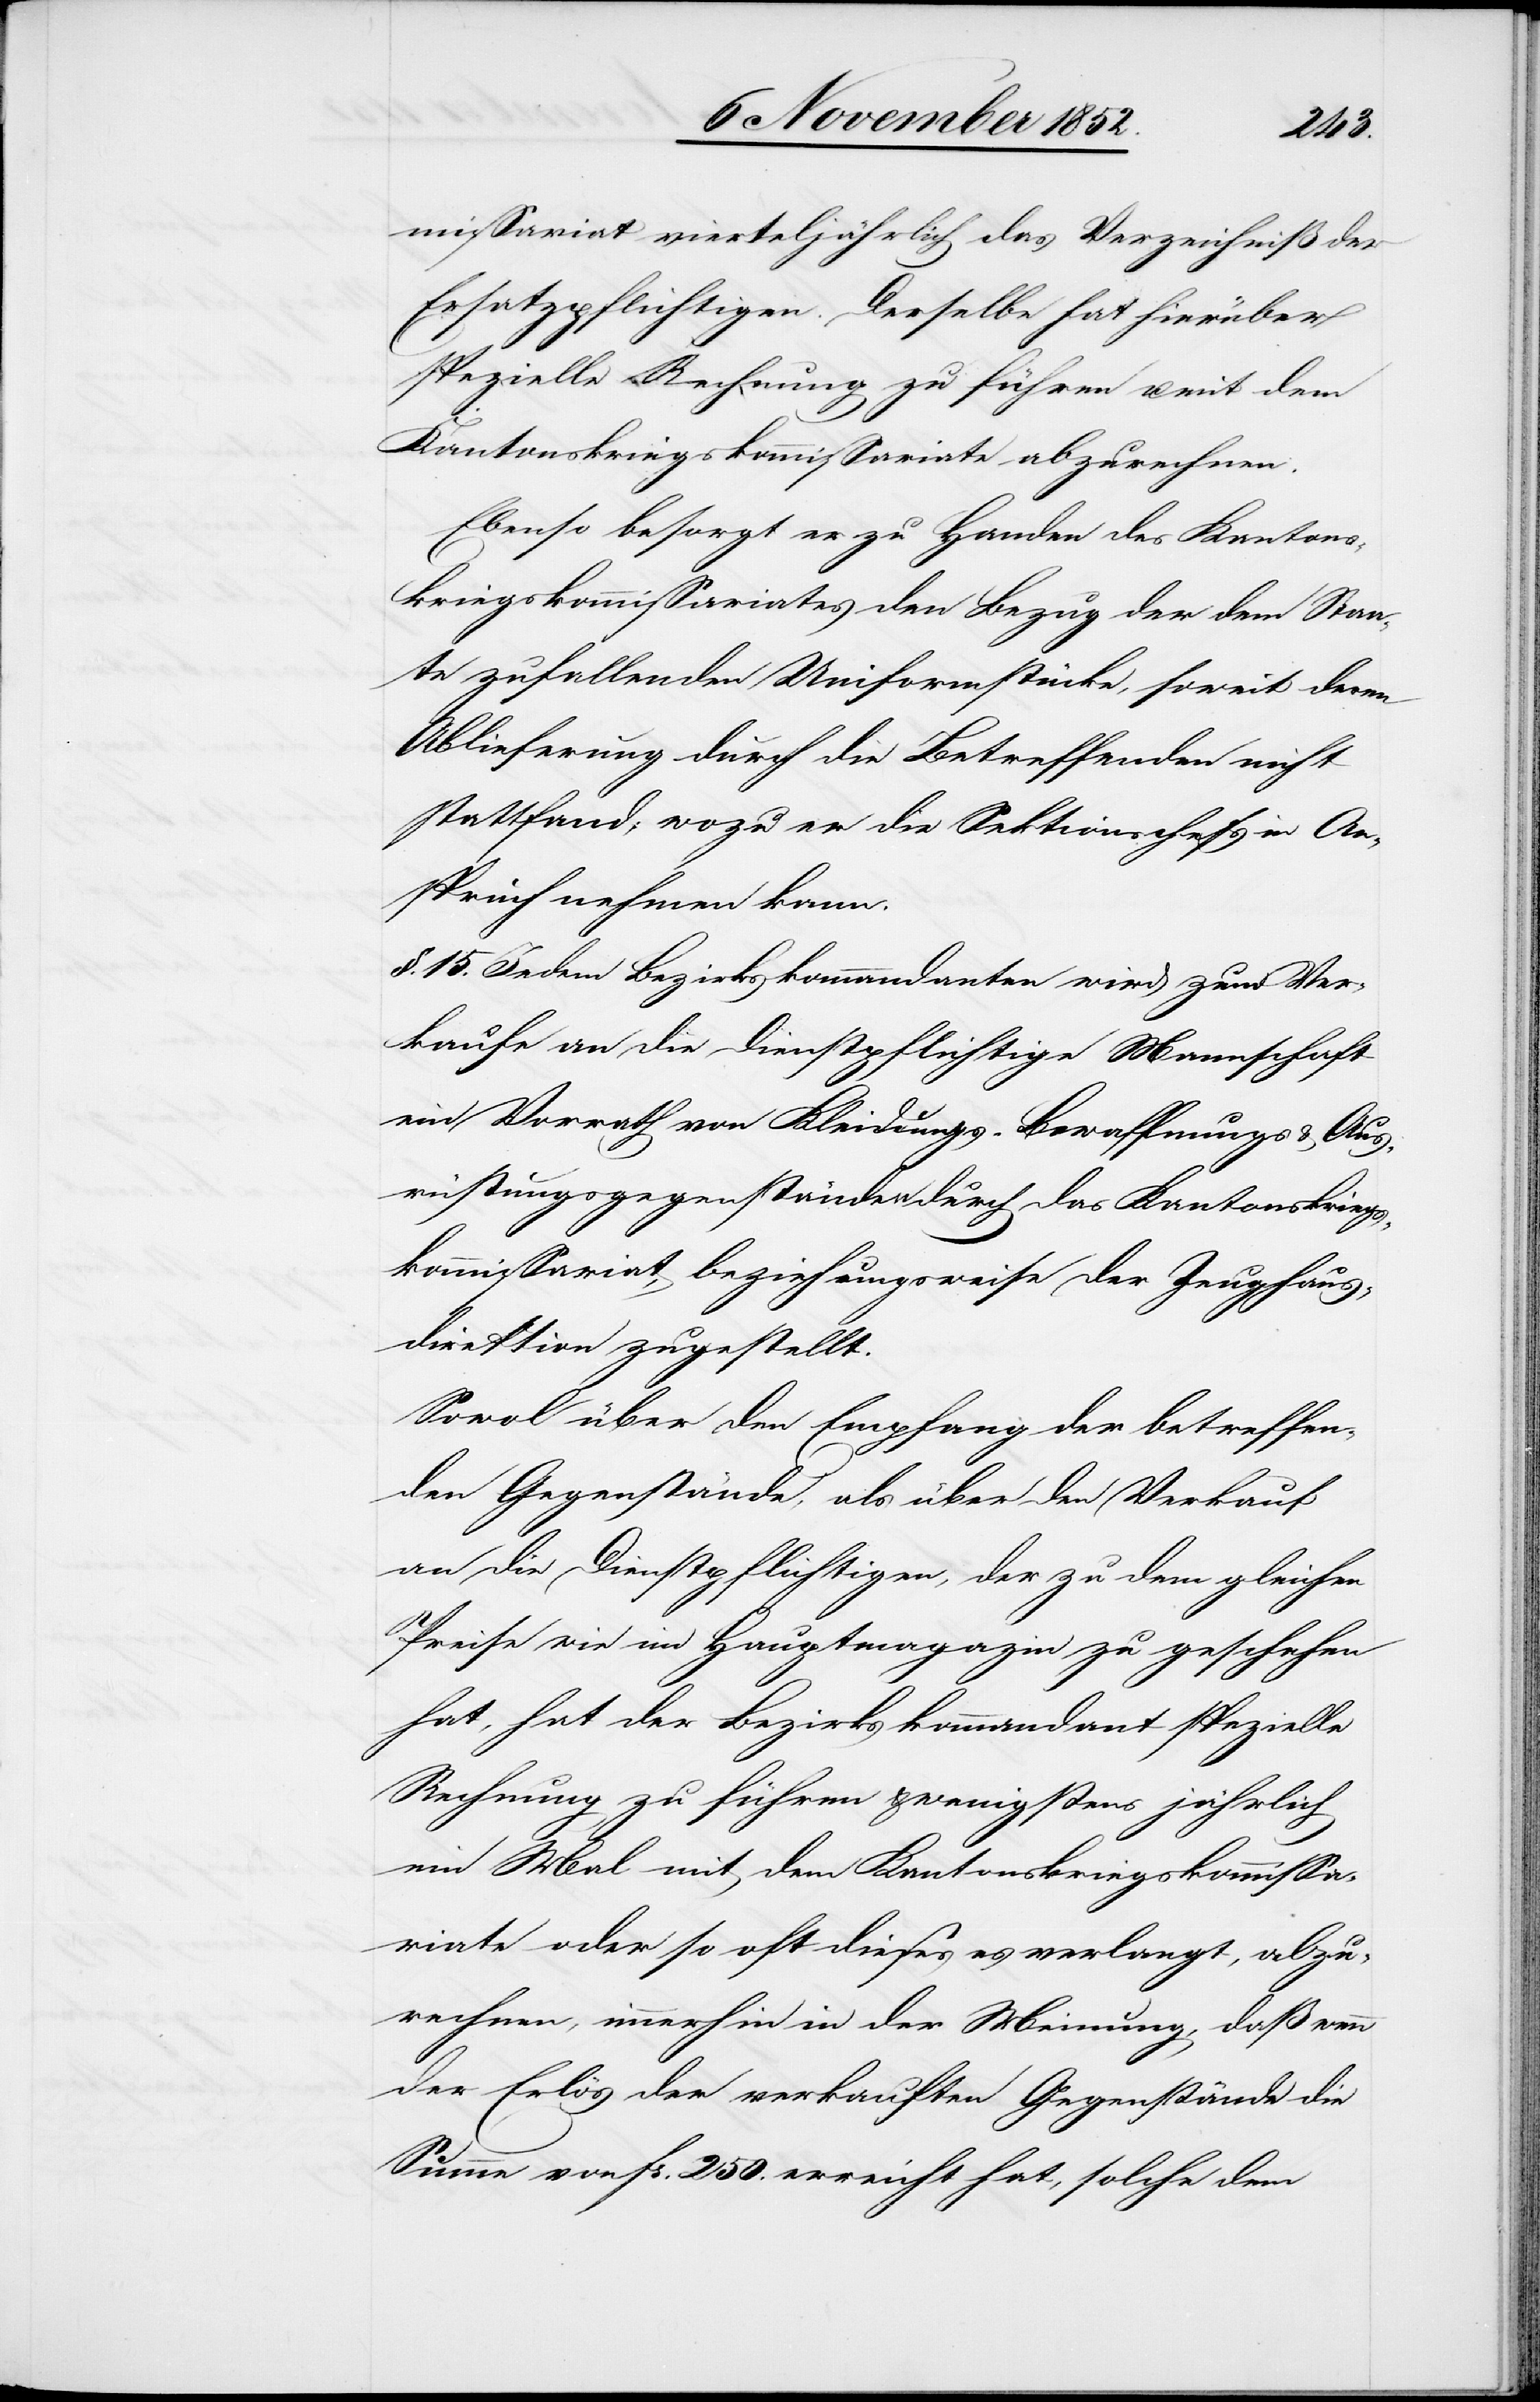
missariat vierteljährlich das Verzeichniß der
Ersatzpflichtigen. Derselbe hat hierüber
spezielle Rechnung zu führen u. mit dem
Kantonskriegskommissariate abzurechnen.
Ebenso besorgt er zu Handen des Kantons¬
kriegskommissariates den Bezug der dem Staa¬
te zufallenden Uniformstücke, soweit deren
Ablieferung durch die Betreffenden nicht
stattfand; wozu er die Sektionschefs in An¬
spruch nehmen kann.
§. 15. Jedem Bezirkskommandanten wird zum Ver¬
kaufe an die dienstpflichtige Mannschaft
ein Vorrath von Kleidungs-[,] Bewaffnungs[-] & Aus¬
rüstungsgegenständen durch das Kantonskriegs¬
kommissariat, beziehungsweise der Zeughaus¬
direktion zugestellt.
Sowol über den Empfang der betreffen¬
den Gegenstände, als über den Verkauf
an die Dienstpflichtigen, der zu dem gleichen
Preise wie im Hauptmagazin zu geschehen
hat, hat der Bezirkskommandant spezielle
Rechnung zu führen & wenigstens jährlich
ein Mal mit dem Kantonskriegskommissa¬
riate oder so oft dieses es verlangt, abzu¬
rechnen, immerhin in der Meinung, daß wenn
der Erlös der verkauften Gegenstände die
Summe von Fr. 250. erreicht hat, solche dem